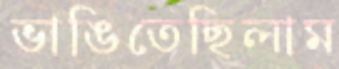
ভাঙিতেছিলাম